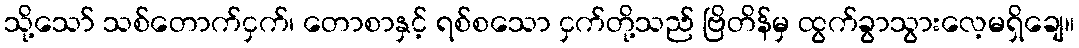
သို့သော် သစ်တောက်ငှက်၊ တောစာနှင့် ရစ်စသော ငှက်တို့သည် ဗြိတိန်မှ ထွက်ခွာသွားလေ့မရှိချေ။